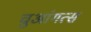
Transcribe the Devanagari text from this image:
चुआंगत्स